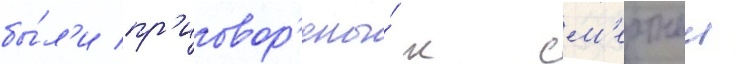
бы́л'и пр'иговор'ены́ к см'ертнои